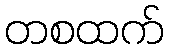
တစထက်